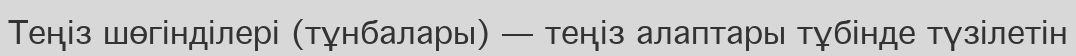
Теңіз шөгінділері (тұнбалары) — теңіз алаптары тұбінде түзілетін